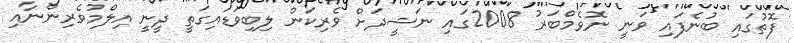
ފޮތުގައި ބުނެފައި ވަނީ ނޮވެމްބަރު 2008ގައި ނަޝީދަށް ވެރިކަން ލިބިވަޑައިގަތީ ދީނީ އިލްމުވެރިންނާއި